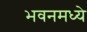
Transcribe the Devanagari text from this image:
भवनमध्ये